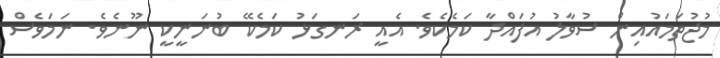
މުޖުތަމައުއިން ސުވާލު އުފައްދާ ކަމެކެވެ. އެއީ ރަނގަޅު ކަމެކޭ ބުނަނީކީ ނޫނެވެ. ނަމަވެސް